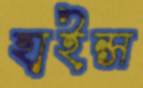
হাইন্স